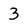
Character: 3